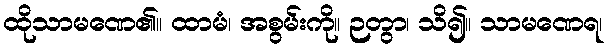
ထိုသာမဏေ၏။ ထာမံ၊ အစွမ်းကို။ ဉတွာ၊ သိ၍။ သာမဏေရ၊